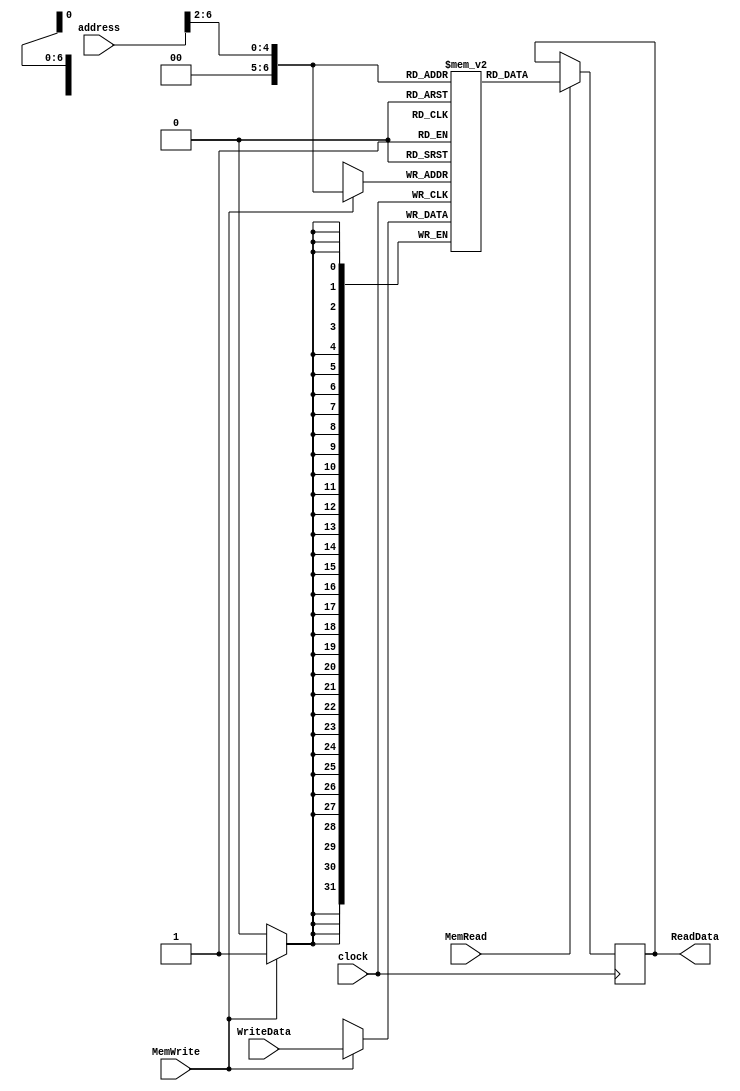
module DataMemory (clock, address, MemWrite, MemRead, WriteData, ReadData);

	input clock;
	input [6:0] address;
	input MemWrite, MemRead;
	input [31:0] WriteData; 
	
	output reg [31:0] ReadData;

	reg [31:0] Mem[0:127]; //32 bits memory with 128 entries

	initial begin
		Mem[0] = 5;
		Mem[1] = 6;
		Mem[2] = 7;
	end
	
	always @ (posedge clock) begin
	
		if (MemWrite == 1)
			Mem[address[6:2]] <= WriteData;
	end
	
	always @(negedge clock) begin
		if (MemRead == 1)
			ReadData <= Mem[address[6:2]];
	end	
endmodule